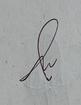
Signature authenticity: genuine